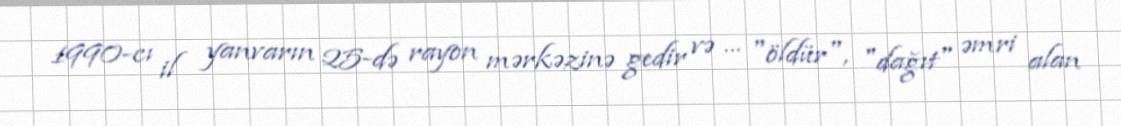
1990-cı il yanvarın 25-də rayon mərkəzinə gedir və … "öldür", "dağıt" əmri alan